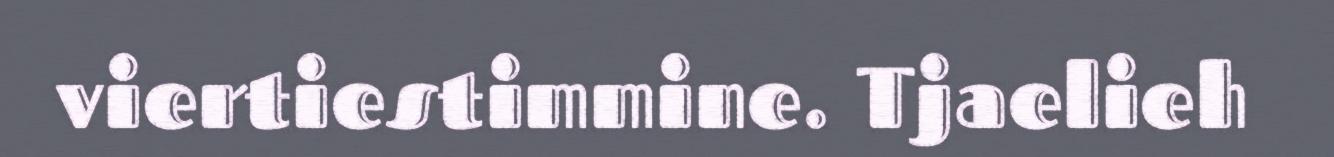
viertiestimmine. Tjaelieh